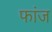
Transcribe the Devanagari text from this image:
फांज